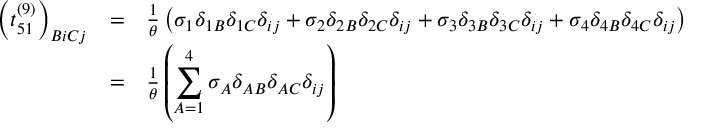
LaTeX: \begin{array} { c c l } { { \left( t _ { 5 1 } ^ { ( 9 ) } \right) _ { B i C j } } } & { { = } } & { { \frac { 1 } { \theta } \left( \sigma _ { 1 } \delta _ { 1 B } \delta _ { 1 C } \delta _ { i j } + \sigma _ { 2 } \delta _ { 2 B } \delta _ { 2 C } \delta _ { i j } + \sigma _ { 3 } \delta _ { 3 B } \delta _ { 3 C } \delta _ { i j } + \sigma _ { 4 } \delta _ { 4 B } \delta _ { 4 C } \delta _ { i j } \right) } } \\ { { } } & { { = } } & { { \frac { 1 } { \theta } \left( \displaystyle \sum _ { A = 1 } ^ { 4 } \sigma _ { A } \delta _ { A B } \delta _ { A C } \delta _ { i j } \right) } } \end{array}